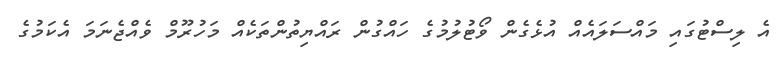
އެ ލިސްޓުގައި މައްސަލައެއް އުޅެގެން ވޯޓުލުމުގެ ހައްގުން ރައްޔިތުންތަކެއް މަހުރޫމް ވެއްޖެނަމަ އެކަމުގެ